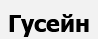
Гусейн